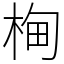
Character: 㭵